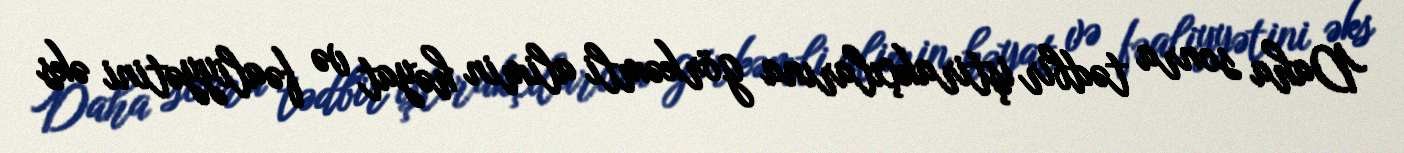
Daha sonra tədbir iştirakçılarına görkəmli alimin həyat və fəaliyyətini əks